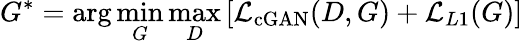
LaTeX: G^{*}=\arg\operatorname*{min}_{G}\operatorname*{max}_{D}\left[\mathcal{L}_{\mathrm{cGAN}}(D,G)+\mathcal{L}_{L1}(G)\right]